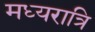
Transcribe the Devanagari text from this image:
मध्‍यरात्रि